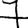
Digit: 7